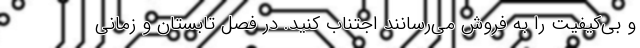
و بی‌کیفیت را به فروش می‌رسانند اجتناب کنید. در فصل تابستان و زمانی